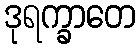
ဒုရက္ခာတေ